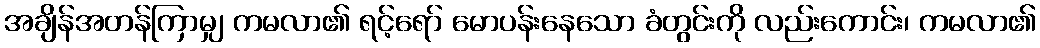
အချိန်အတန်ကြာမျှ ကမလာ၏ ရင့်ရော် မောပန်းနေသော ခံတွင်းကို လည်းကောင်း၊ ကမလာ၏